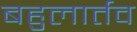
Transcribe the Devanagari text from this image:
बहुलार्तव